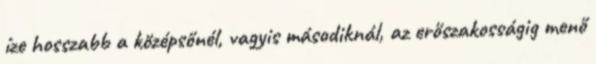
íze hosszabb a középsőnél, vagyis másodiknál, az erőszakosságig menő